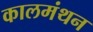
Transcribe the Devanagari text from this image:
कालमंथन